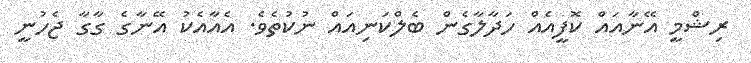
ރިޝްމީ އޭނާއައް ކޮފީއެއް ހަދާލާގެން ބެލްކަނިއައް ނުކުތެވެ. އެއާއެކު އޭނާގެ ގާގާ ޖެހުނީ